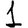
Digit: 1